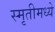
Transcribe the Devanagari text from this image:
स्मृतीमध्ये